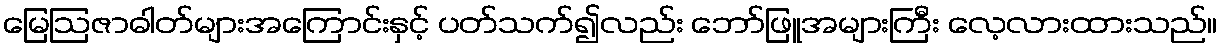
မြေဩဇာဓါတ်များအကြောင်းနှင့် ပတ်သက်၍လည်း ဘော်ဖြူအများကြီး လေ့လားထားသည်။